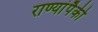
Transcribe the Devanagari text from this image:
राण्यांपैकी